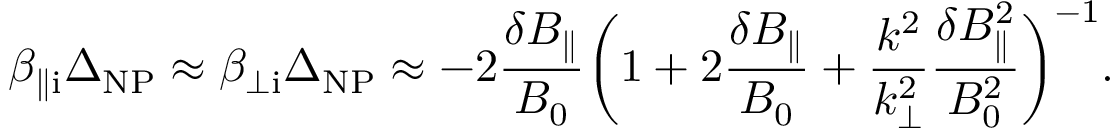
\beta _ { \parallel \mathrm { i } } \Delta _ { \mathrm { N P } } \approx \beta _ { \perp \mathrm { i } } \Delta _ { \mathrm { N P } } \approx - 2 \frac { \delta B _ { \parallel } } { B _ { 0 } } \biggl ( 1 + 2 \frac { \delta B _ { \parallel } } { B _ { 0 } } + \frac { k ^ { 2 } } { k _ { \perp } ^ { 2 } } \frac { \delta B _ { \parallel } ^ { 2 } } { B _ { 0 } ^ { 2 } } \biggr ) ^ { - 1 } .